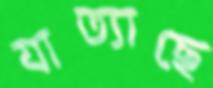
যাত্যাছে